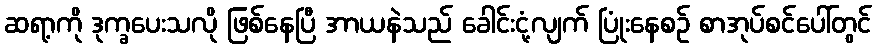
ဆရာ့ကို ဒုက္ခပေးသလို ဖြစ်နေပြီ အာယနဲသည် ခေါင်းငုံ့လျက် ပြုံးနေစဉ် စာအုပ်စင်ပေါ်တွင်